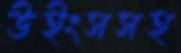
উইংসসহ